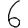
Digit: 6